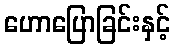
ဟောပြောခြင်းနှင့်